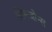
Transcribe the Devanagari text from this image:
जिमजोन्स